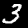
Digit: 3